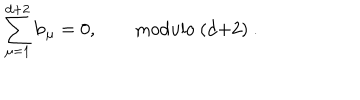
\sum _ { \mu = 1 } ^ { d + 2 } { \bf b } _ { \mu } = 0 , \qquad \mathrm { m o d u l o ~ ( d + 2 ) ~ } .